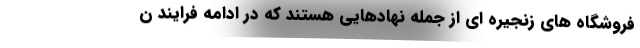
فروشگاه های زنجیره ای از جمله نهادهایی هستند که در ادامه فرایند ن